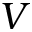
V